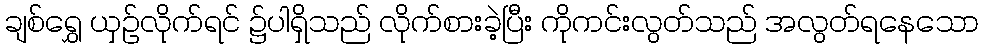
ချစ်ရွှေ ယှဉ်လိုက်ရင် ၌ပါရှိသည် လိုက်စားခဲ့ပြီး ကိုကင်းလွတ်သည် အလွတ်ရနေသော